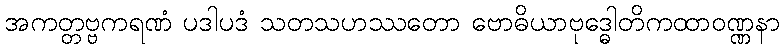
အကတ္တဗ္ဗကရဏံ ပဒါပဒံ သတသဟဿတော ဗောဓိယာဗုဒ္ဓေါတိကထာဝဏ္ဏနာ